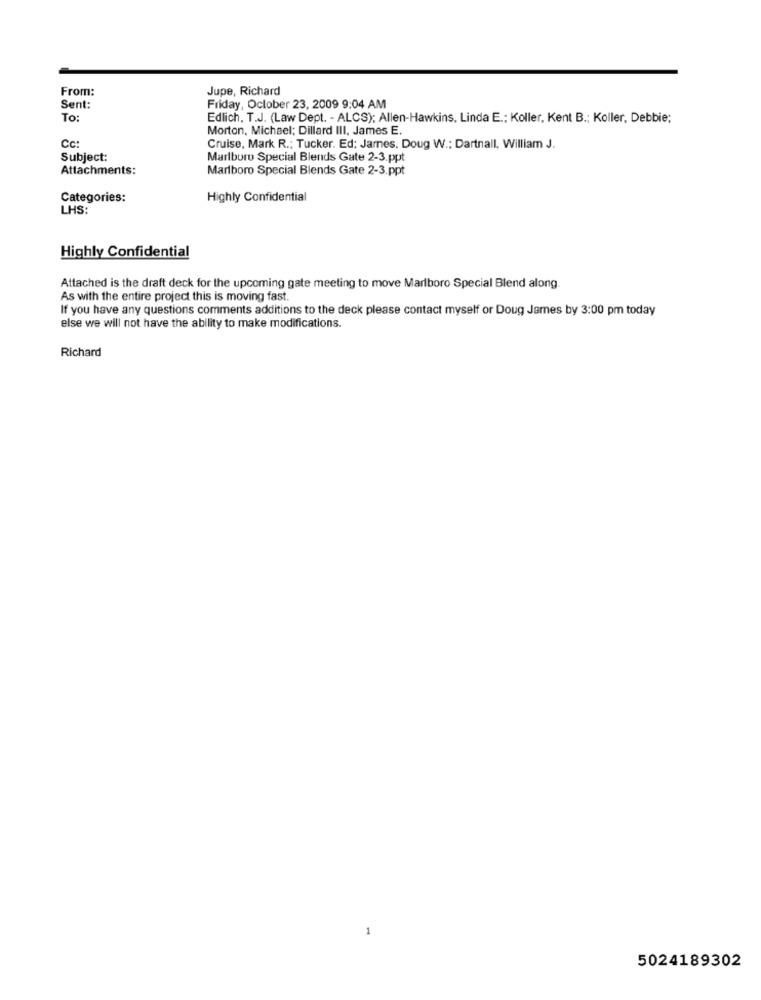
From:
Jupe, Richard
Sent:
Friday, October 23, 2009 9:04 AM
To:
Edlich, T.J. (Law Dept. - ALCS); Allen-Hawkins, Linda E .; Koller, Kent B .; Koller, Debbie;
Morton, Michael; Dillard III, James E.
Cc:
Cruise, Mark R .; Tucker. Ed: James. Doug W .; Dartnall, William J.
Subject:
Marlboro Special Blends Gate 2-3.ppt
Attachments:
Marlboro Special Blends Gate 2-3.ppt
Categories:
Highly Confidential
LHS:
Highly Confidential
Attached is the draft deck for the upcoming gate meeting to move Marlboro Special Blend along.
As with the entire project this is moving fast.
If you have any questions comments additions to the deck please contact myself or Doug James by 3:00 pm today
else we will not have the ability to make modifications.
Richard
5024189302